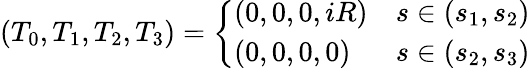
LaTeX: (T_{0},T_{1},T_{2},T_{3})=\left\{ \begin{array}{ll}{{(0,0,0,iR)}}&{{s\in(s_{1},s_{2})}}\\ {{(0,0,0,0)}}&{{s\in(s_{2},s_{3})}}\end{array}\right.